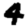
Digit: 4